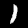
Digit: 1